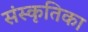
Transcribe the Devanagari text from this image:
संस्कृतिका